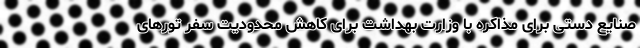
صنایع دستی برای مذاکره با وزارت بهداشت برای کاهش محدودیت سفر تورهای